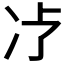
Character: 𱐁